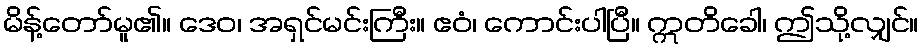
မိန့်တော်မူ၏။ ဒေဝ၊ အရှင်မင်းကြီး။ ဧဝံ၊ ကောင်းပါပြီ။ ဣတိခေါ၊ ဤသို့လျှင်။